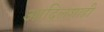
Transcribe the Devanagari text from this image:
आदिलशाही